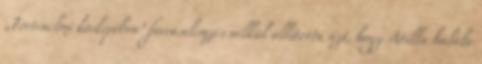
„Történelmi körképében" forráselemzés nélkül állította azt, hogy Atilla halála